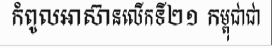
កំពូលអាស៊ានលើកទី២១ កម្ពុជាជា